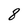
Character: 8